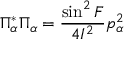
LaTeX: \Pi _ { \alpha } ^ { * } \Pi _ { \alpha } = \frac { \sin ^ { 2 } F } { 4 { \cal I } ^ { 2 } } p _ { \alpha } ^ { 2 }